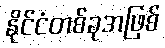
နိုင်ငံတစ်ခုအဖြစ်